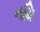
નમિ